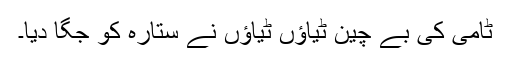
ٹامی کی بے چین ٹیاؤں ٹیاؤں نے ستارہ کو جگا دیا۔